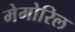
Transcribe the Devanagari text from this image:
मेमोरिल